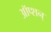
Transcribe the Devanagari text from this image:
ऑप्शन्